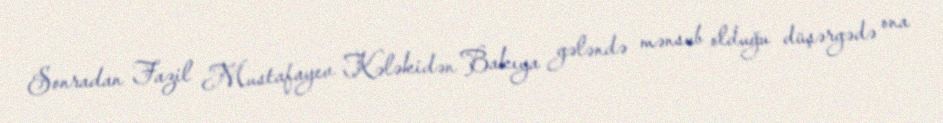
Sonradan Fazil Mustafayev Kələkidən Bakıya gələndə mənsub olduğu düşərgədə ona